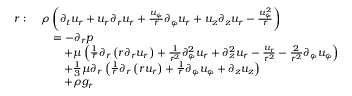
{ \begin{array} { r l } { r : \ } & { \rho \left( { \partial _ { t } u _ { r } } + u _ { r } { \partial _ { r } u _ { r } } + { \frac { u _ { \varphi } } { r } } { \partial _ { \varphi } u _ { r } } + u _ { z } { \partial _ { z } u _ { r } } - { \frac { u _ { \varphi } ^ { 2 } } { r } } \right) } \\ & { \quad = - { \partial _ { r } p } } \\ & { \qquad + \mu \left( { \frac { 1 } { r } } \partial _ { r } \left( r { \partial _ { r } u _ { r } } \right) + { \frac { 1 } { r ^ { 2 } } } { \partial _ { \varphi } ^ { 2 } u _ { r } } + { \partial _ { z } ^ { 2 } u _ { r } } - { \frac { u _ { r } } { r ^ { 2 } } } - { \frac { 2 } { r ^ { 2 } } } { \partial _ { \varphi } u _ { \varphi } } \right) } \\ & { \qquad + { \frac { 1 } { 3 } } \mu \partial _ { r } \left( { \frac { 1 } { r } } { \partial _ { r } \left( r u _ { r } \right) } + { \frac { 1 } { r } } { \partial _ { \varphi } u _ { \varphi } } + { \partial _ { z } u _ { z } } \right) } \\ & { \qquad + \rho g _ { r } } \end{array} }